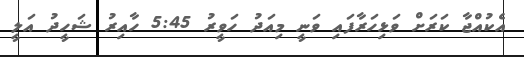
އެކުއްޖާ ކަރަށް ވަޅިހަރާފައި ވަނީ މިއަދު ހަވީރު 5:45 ހާއިރު ޝަހީދު އަލީ